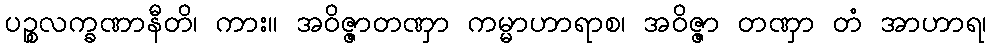
ပဉ္စလက္ခဏာနီတိ၊ ကား။ အဝိဇ္ဇာတဏှာ ကမ္မာဟာရာစ၊ အဝိဇ္ဇာ တဏှာ တံ အာဟာရ၊